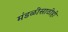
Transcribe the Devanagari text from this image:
मंडळींसाठीही